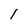
Character: I